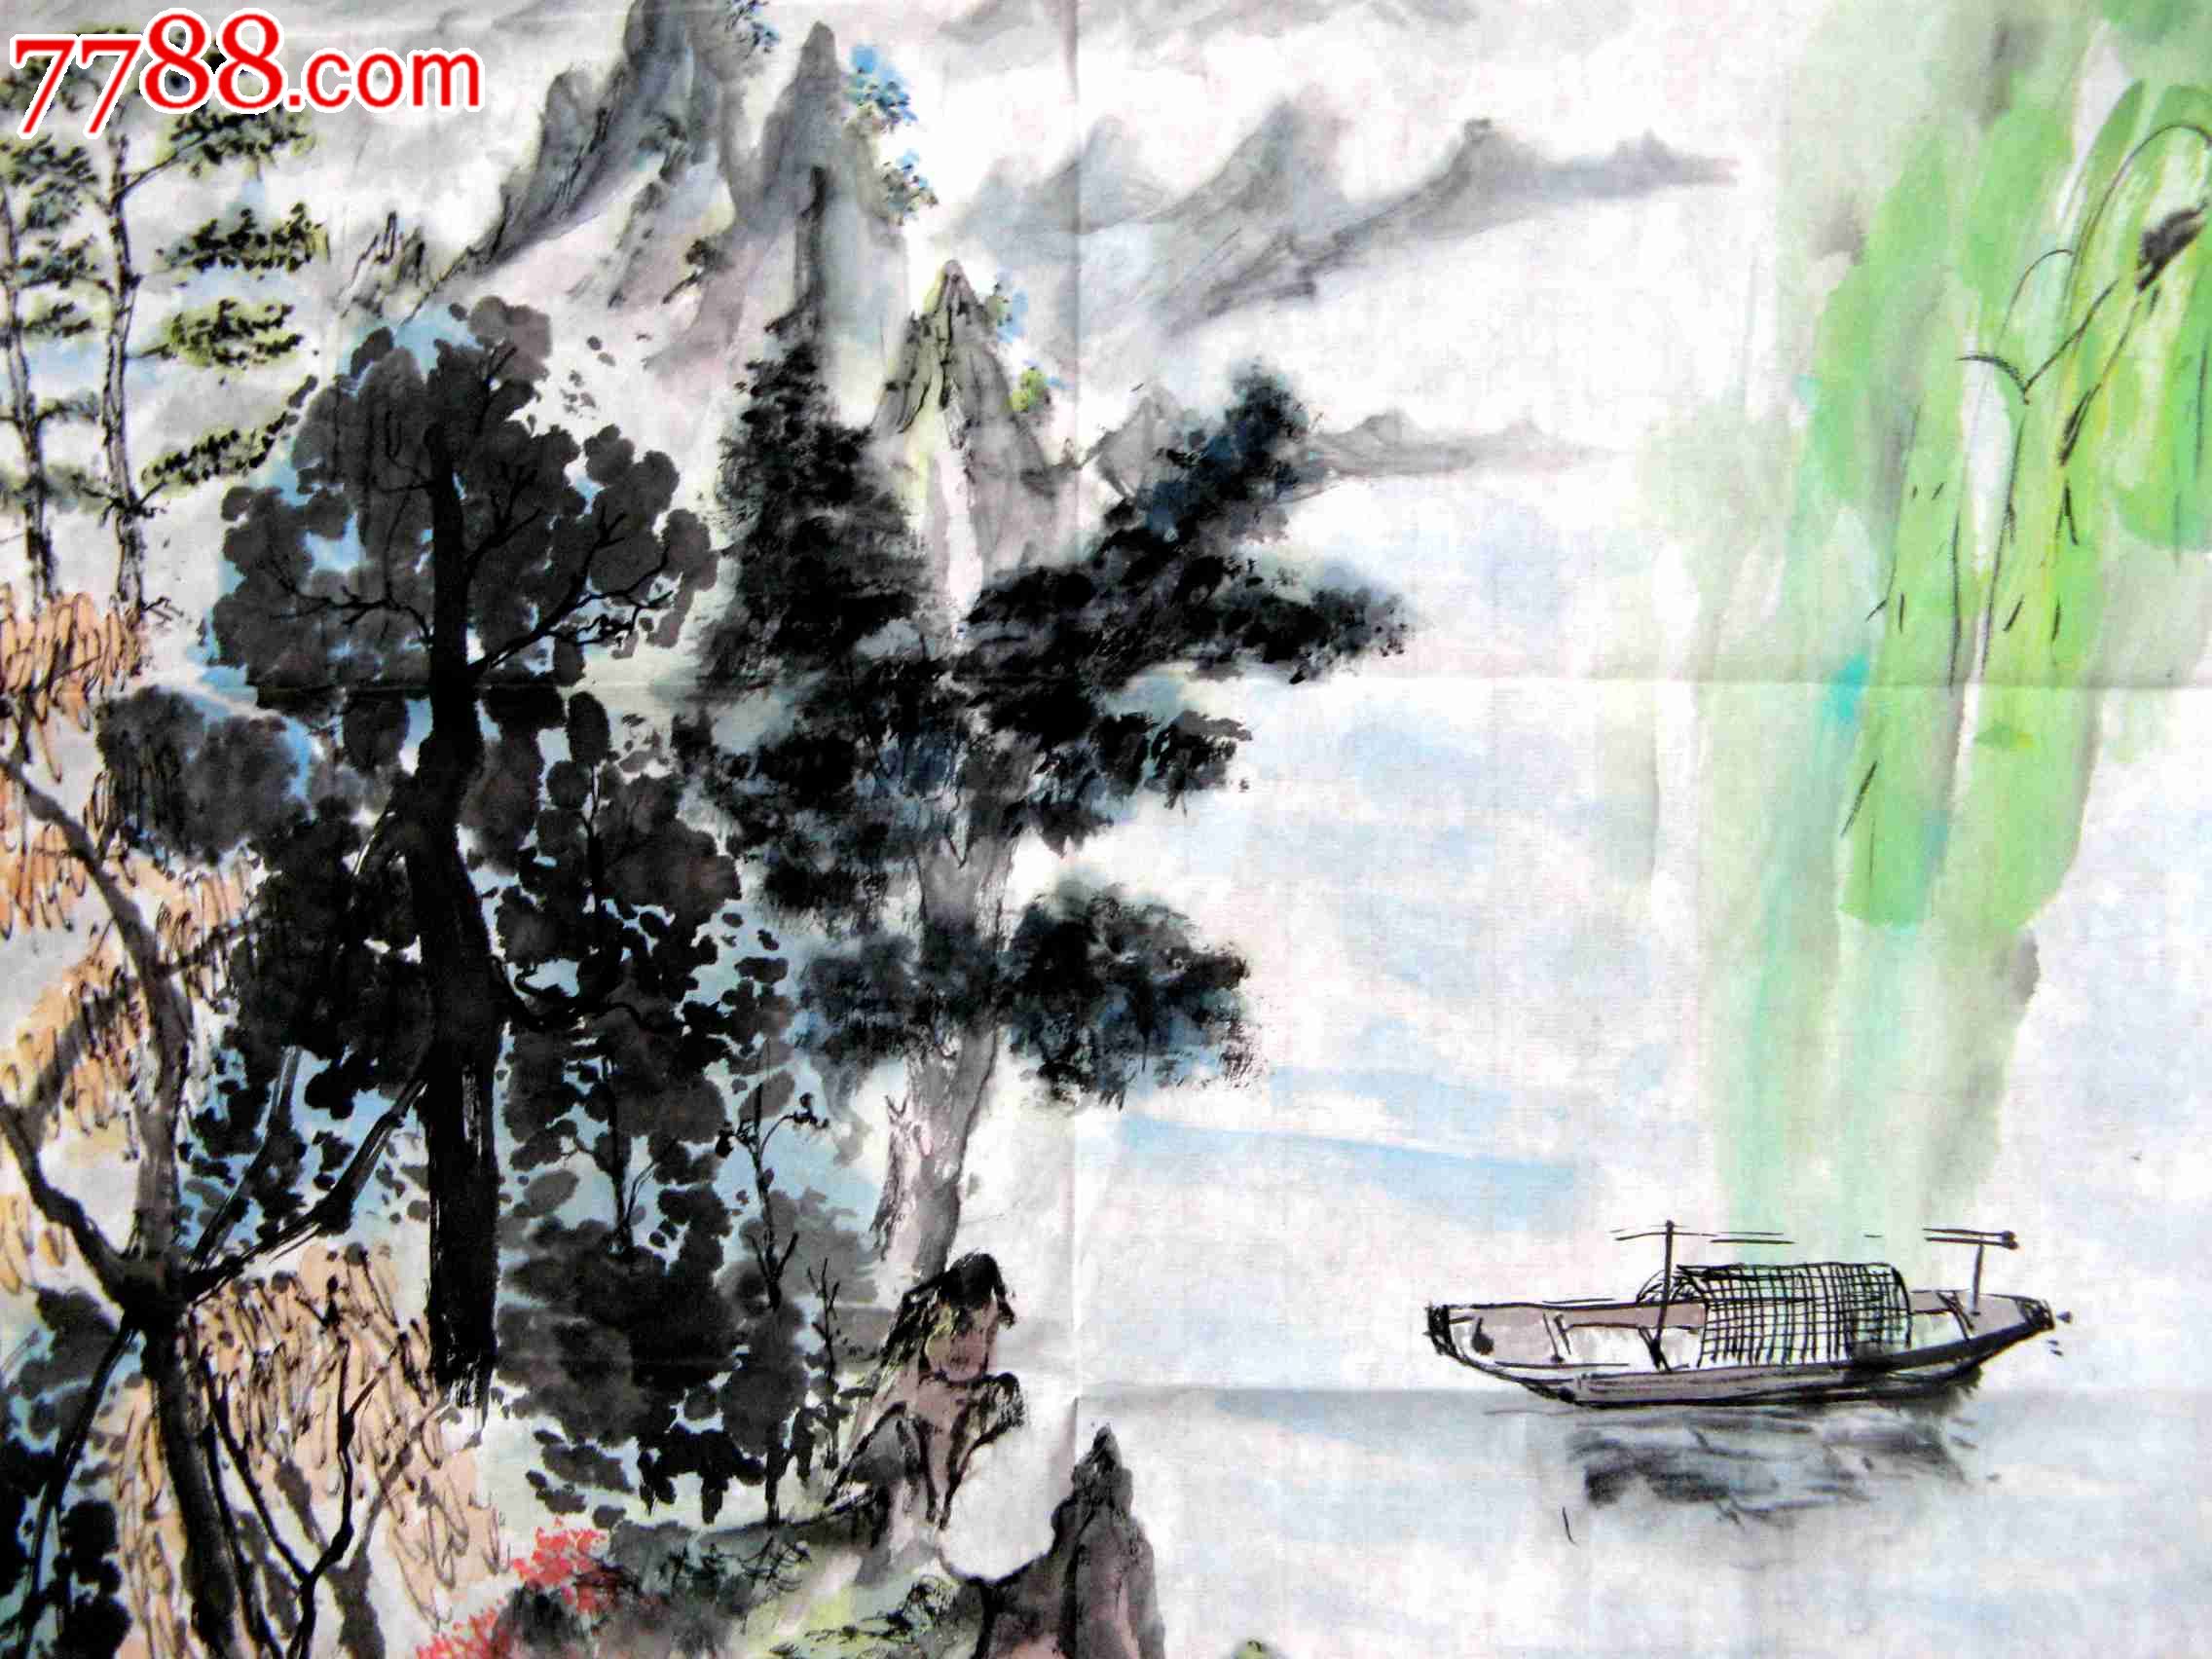
郭门临渡头，村树连谿口。